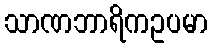
သာဏဘာရိကဥပမာ